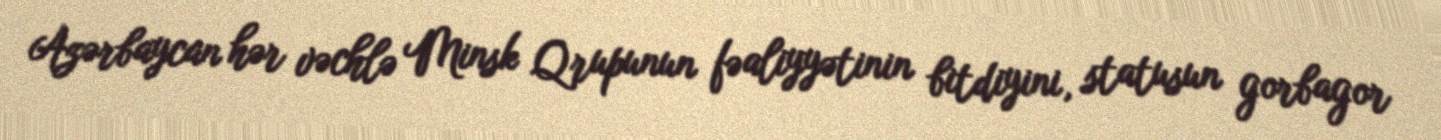
Azərbaycan hər vəchlə Minsk Qrupunun fəaliyyətinin bitdiyini, statusun gorbagor